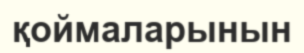
қоймаларынын